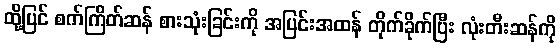
ထို့ပြင် စက်ကြိတ်ဆန် စားသုံးခြင်းကို အပြင်းအထန် တိုက်ခိုက်ပြီး လုံးတီးဆန်ကို